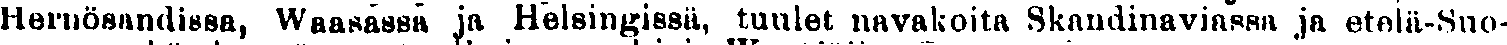
Hernösandissa, Waasassa ia Helsingissä, tuulet navakoita Skandinaviassa ja etelä-Suo-